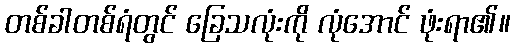
တစ်ခါတစ်ရံတွင် ခြေသလုံးကို လုံအောင် ဖုံးရာ၏။